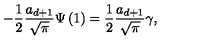
- \frac 1 2 \frac { a _ { d + 1 } } { \sqrt { \pi } } \Psi \left( 1 \right) = \frac 1 2 \frac { a _ { d + 1 } } { \sqrt { \pi } } \gamma ,